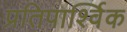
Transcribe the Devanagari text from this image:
प्रतिपार्श्विक